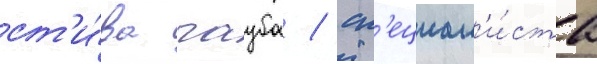
ст'и́ва гауба / сп'ециал'и́ста